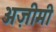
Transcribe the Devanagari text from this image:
अज़ीमी